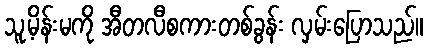
သူ့မိန်းမကို အီတလီစကားတစ်ခွန်း လှမ်းပြောသည်။